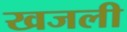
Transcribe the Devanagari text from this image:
खजली